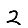
Digit: 2